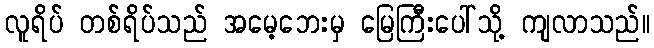
လူရိပ် တစ်ရိပ်သည် အမေ့ဘေးမှ မြေကြီးပေါ်သို့ ကျလာသည်။